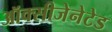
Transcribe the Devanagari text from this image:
ऑक्सीजेनेटेड